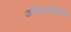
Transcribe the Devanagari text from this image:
कॉन्स्टलेशन्स